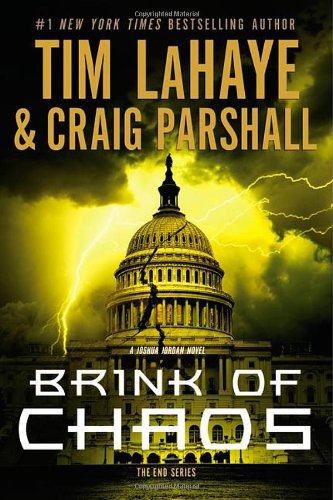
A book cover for Brink of Chaos (The End Series); Tim LaHaye; Religion & Spirituality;